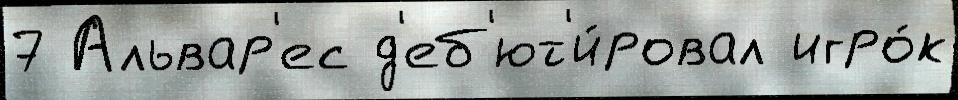
7 Альвар'ес д'еб'ют'и́ровал игро́к